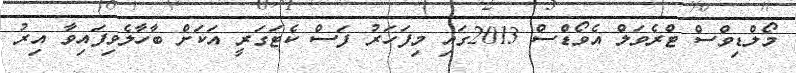
މޯލްޑިވްސް ޓްރެވަލް އެވޯޑްސް 2013ގައި މިފަހަރު ފަސް ކެޓަގަރީ އަކަށް ބާހާލެވިފައިވާ އިރު